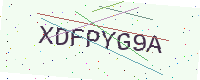
Text: XDFPYG9A